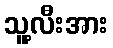
သူ့လီးအား